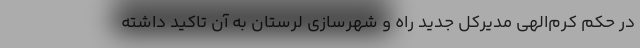
در حکم کرم‌الهی مدیرکل جدید راه و شهرسازی لرستان به آن تاکید داشته